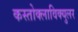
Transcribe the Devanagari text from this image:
कस्तोक्लाविक्युलर